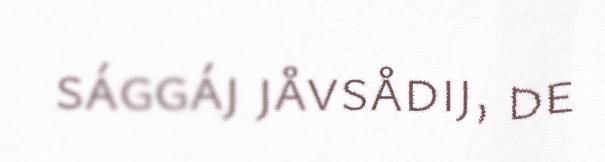
sággáj jåvsådij, de